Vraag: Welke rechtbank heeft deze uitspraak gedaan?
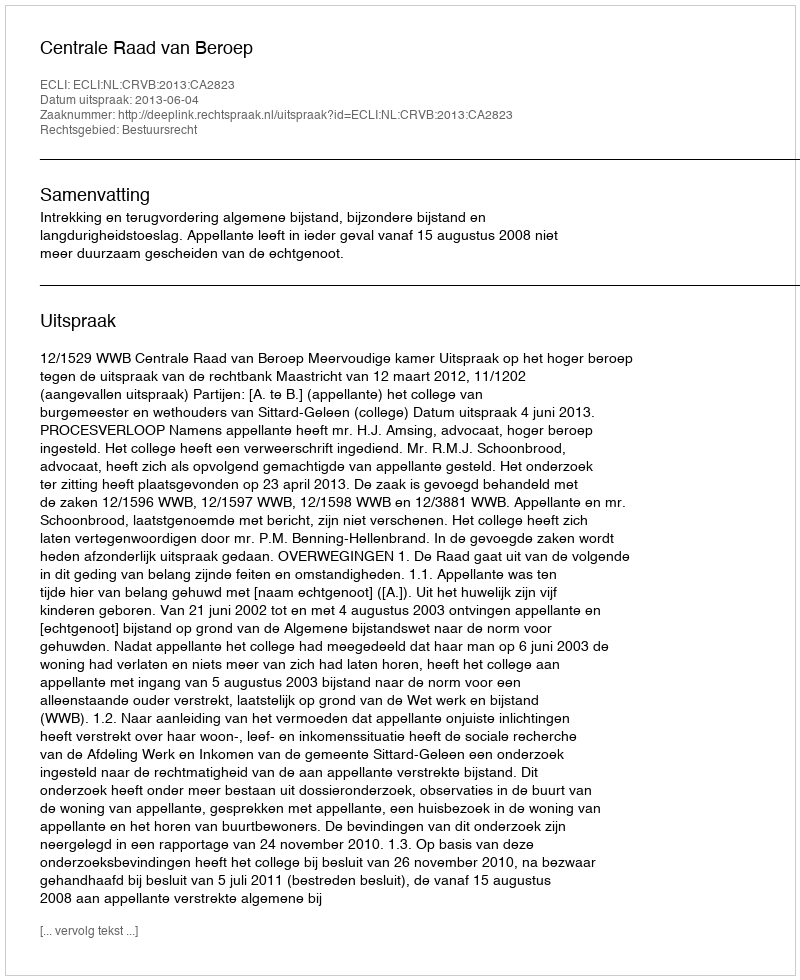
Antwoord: Centrale Raad van Beroep